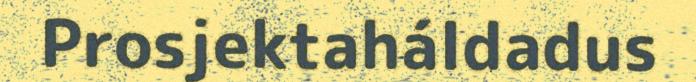
Prosjektaháldadus